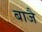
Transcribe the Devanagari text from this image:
बाजै